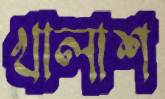
খালাশ